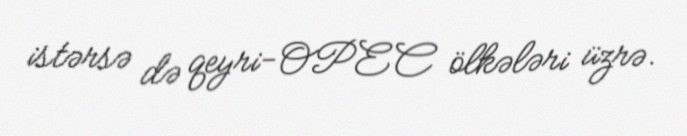
istərsə də qeyri-OPEC ölkələri üzrə.